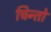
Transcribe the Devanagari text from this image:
चिन्तो